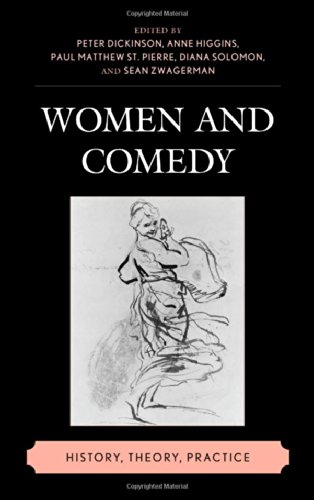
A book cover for Women and Comedy: History, Theory, Practice; Humor & Entertainment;